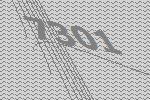
7301